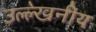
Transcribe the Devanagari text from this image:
उल्‍ल्‍ेखनीय